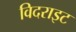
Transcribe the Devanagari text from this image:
विदराइट